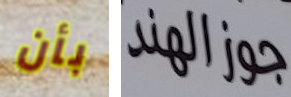
بأن جوزالهند